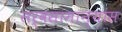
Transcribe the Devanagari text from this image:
सर्वसामान्यांस